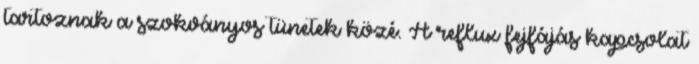
tartoznak a szokványos tünetek közé. A reflux fejfájás kapcsolat